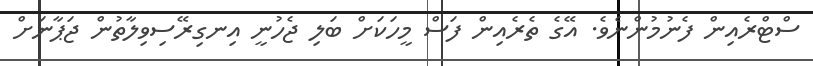
ސްޓްރެއިން ފެނުމުންނެވެ. އޭގެ ތެރެއިން ފަސް މީހަކަށް ބަލި ޖެހުނީ އިނގިރޭސިވިލާތުން ޖަޕާނަށް